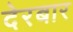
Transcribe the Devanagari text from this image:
देरबार